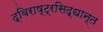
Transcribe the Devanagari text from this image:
द्विराष्ट्रसिद्धान्त